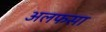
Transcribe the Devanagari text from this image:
अलफसा